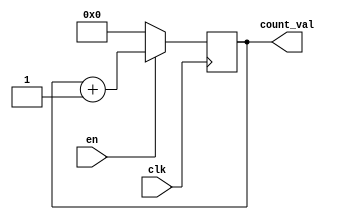
module pulse_counter
#(
	parameter DATA_WIDTH = 32
)
(
	input  clk,
	input  en,
	output  [DATA_WIDTH - 1 : 0] count_val
);

	reg [DATA_WIDTH - 1 : 0] count = 0;
	assign count_val = count;

always @ (posedge clk)
	begin
	if (!en)
	begin
		count <= 0;
	end
	else
	begin
		count = count + 1;
	end
	end
endmodule